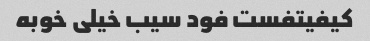
کیفیتفست فود سیب خیلی خوبه